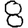
Digit: 8